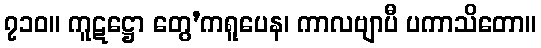
၇၁၀။ ကူဋဋ္ဌော တွေ’ကရူပေန၊ ကာလဗျာပီ ပကာသိတော။